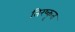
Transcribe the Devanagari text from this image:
तिरष्कृत